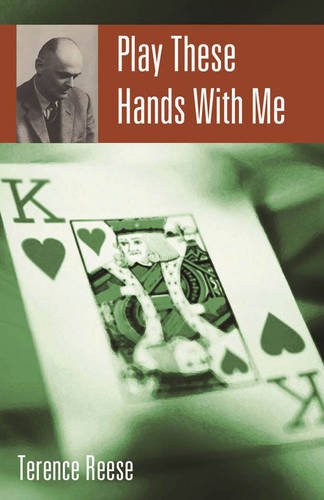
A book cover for Play These Hands with Me; Terence Reese; Humor & Entertainment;